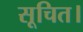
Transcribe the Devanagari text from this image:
सूचित।